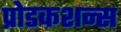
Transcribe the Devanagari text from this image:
प्रोडकशन्स